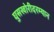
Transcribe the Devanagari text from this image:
घुसखोरीदरम्यान